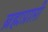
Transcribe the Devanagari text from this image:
ब्रह्मप्राप्ती